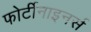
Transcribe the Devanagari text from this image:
फोर्टीनाइनर्स